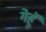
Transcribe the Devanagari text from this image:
गेहॅू